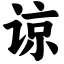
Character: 谅